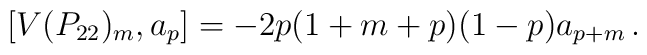
[V(P_{22})_m,a_p]=-2p(1+m+p)(1-p)a_{p+m}\,.